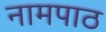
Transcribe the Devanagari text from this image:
नामपाठ